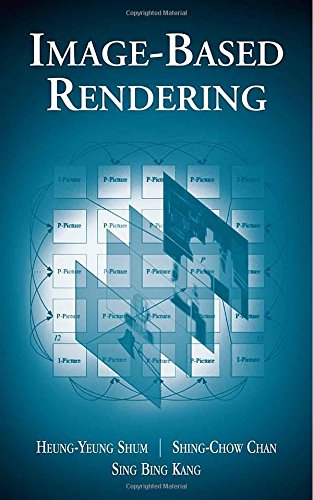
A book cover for Image-Based Rendering; Heung-Yeung Shum; Computers & Technology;